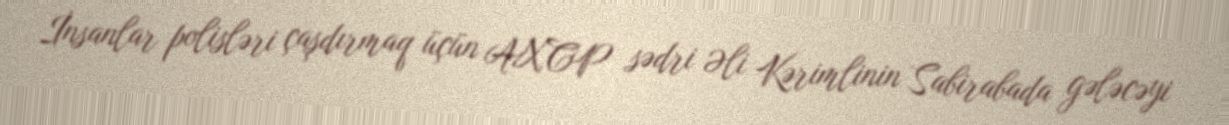
İnsanlar polisləri çaşdırmaq üçün AXCP sədri Əli Kərimlinin Sabirabada gələcəyi